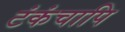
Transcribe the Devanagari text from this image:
टंकंचापि